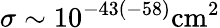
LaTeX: \sigma\sim 10^{-43(-58)}\mathrm{{cm}^{2}}